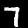
Digit: 7